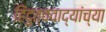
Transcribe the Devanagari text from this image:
हिंदुत्ववाद्यांच्या